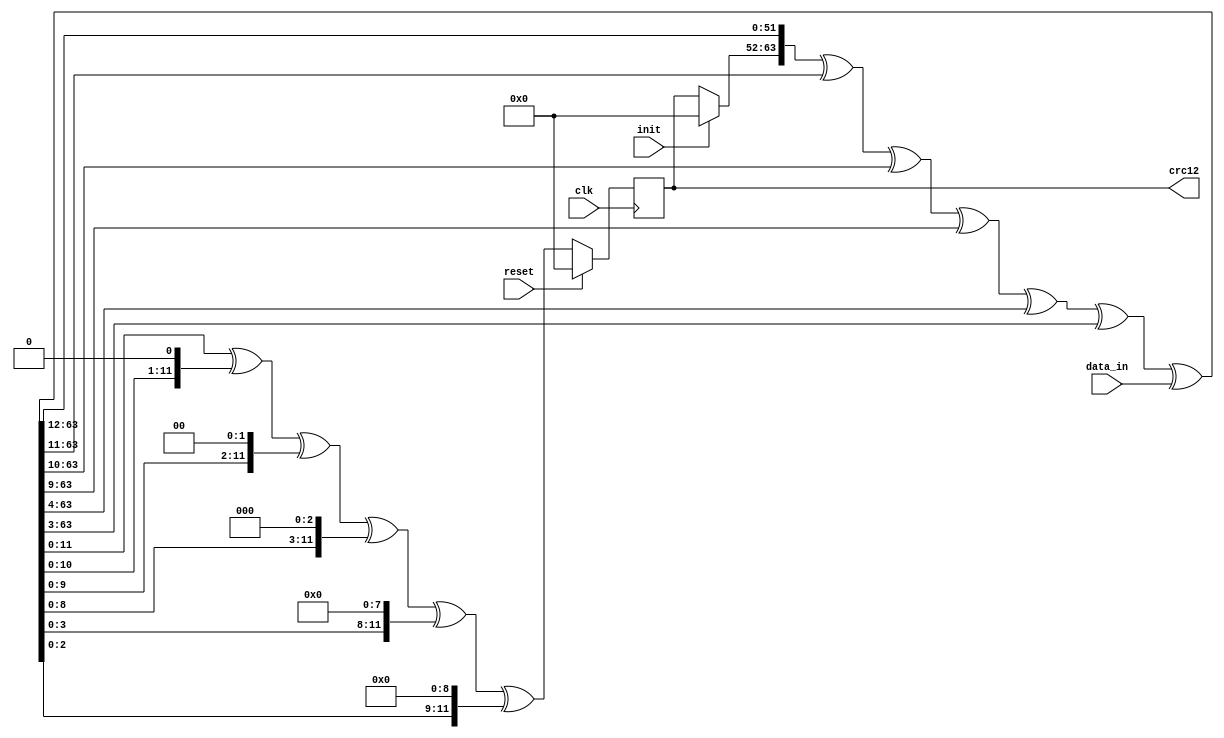
// ***************************************************************************
// ***************************************************************************
// Copyright (C) 2017, 2018, 2020, 2022 Analog Devices, Inc. All rights reserved.
// SPDX short identifier: ADIJESD204
// ***************************************************************************
// ***************************************************************************

`timescale 1ns/100ps

module jesd204_crc12 #(
  parameter WIDTH = 64
) (
  input clk,
  input reset,

  input init,

  input [WIDTH-1:0] data_in,
  output [11:0] crc12
);

  reg [11:0] state = 12'b0;

  wire [WIDTH-1:0] feedback;
  wire [WIDTH-1+12:0] full_state;

  assign full_state = {init ? 12'h0 : state, feedback};
  assign feedback = full_state[WIDTH-1+12:12] ^
                    full_state[WIDTH-1:11] ^
                    full_state[WIDTH-1:10] ^
                    full_state[WIDTH-1:9] ^
                    full_state[WIDTH-1:4] ^
                    full_state[WIDTH-1:3] ^
                    data_in;

  always @(posedge clk) begin
    if (reset == 1'b1) begin
      state <= 12'b0;
    end else begin
      state <= full_state[11:0] ^
              {full_state[10:0],1'b0} ^
              {full_state[9:0],2'b0} ^
              {full_state[8:0],3'b0} ^
              {full_state[3:0],8'b0} ^
              {full_state[2:0],9'b0};
    end
  end

  assign crc12 = state;

endmodule